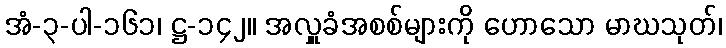
အံ-၃-ပါ-၁၆၁၊ ဋ္ဌ-၁၄၂။ အလှူခံအစစ်များကို ဟောသော မာဃသုတ်၊